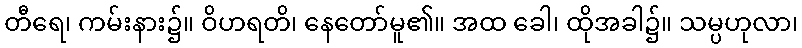
တီရေ၊ ကမ်းနား၌။ ဝိဟရတိ၊ နေတော်မူ၏။ အထ ခေါ၊ ထိုအခါ၌။ သမ္ပဟုလာ၊